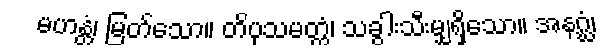
မဟန္တံ၊ မြတ်သော။ တိပုသမတ္တံ၊ သခွါးသီးမျှရှိသော။ အနဂ္ဃံ၊